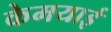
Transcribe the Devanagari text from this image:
केमयाई